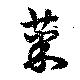
菜